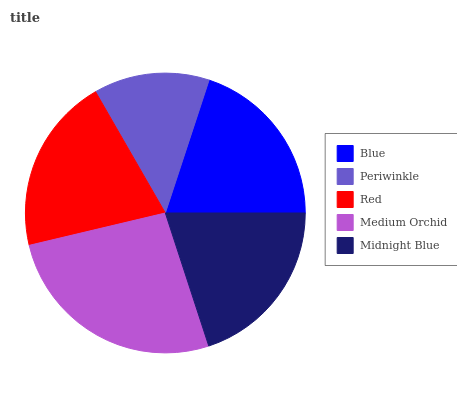
| Blue | Periwinkle | Red | Medium Orchid | Midnight Blue |
 | --- | --- | --- | --- | --- |
 | 19.9% | 13.4% | 20.4% | 26.3% | 20.1% |